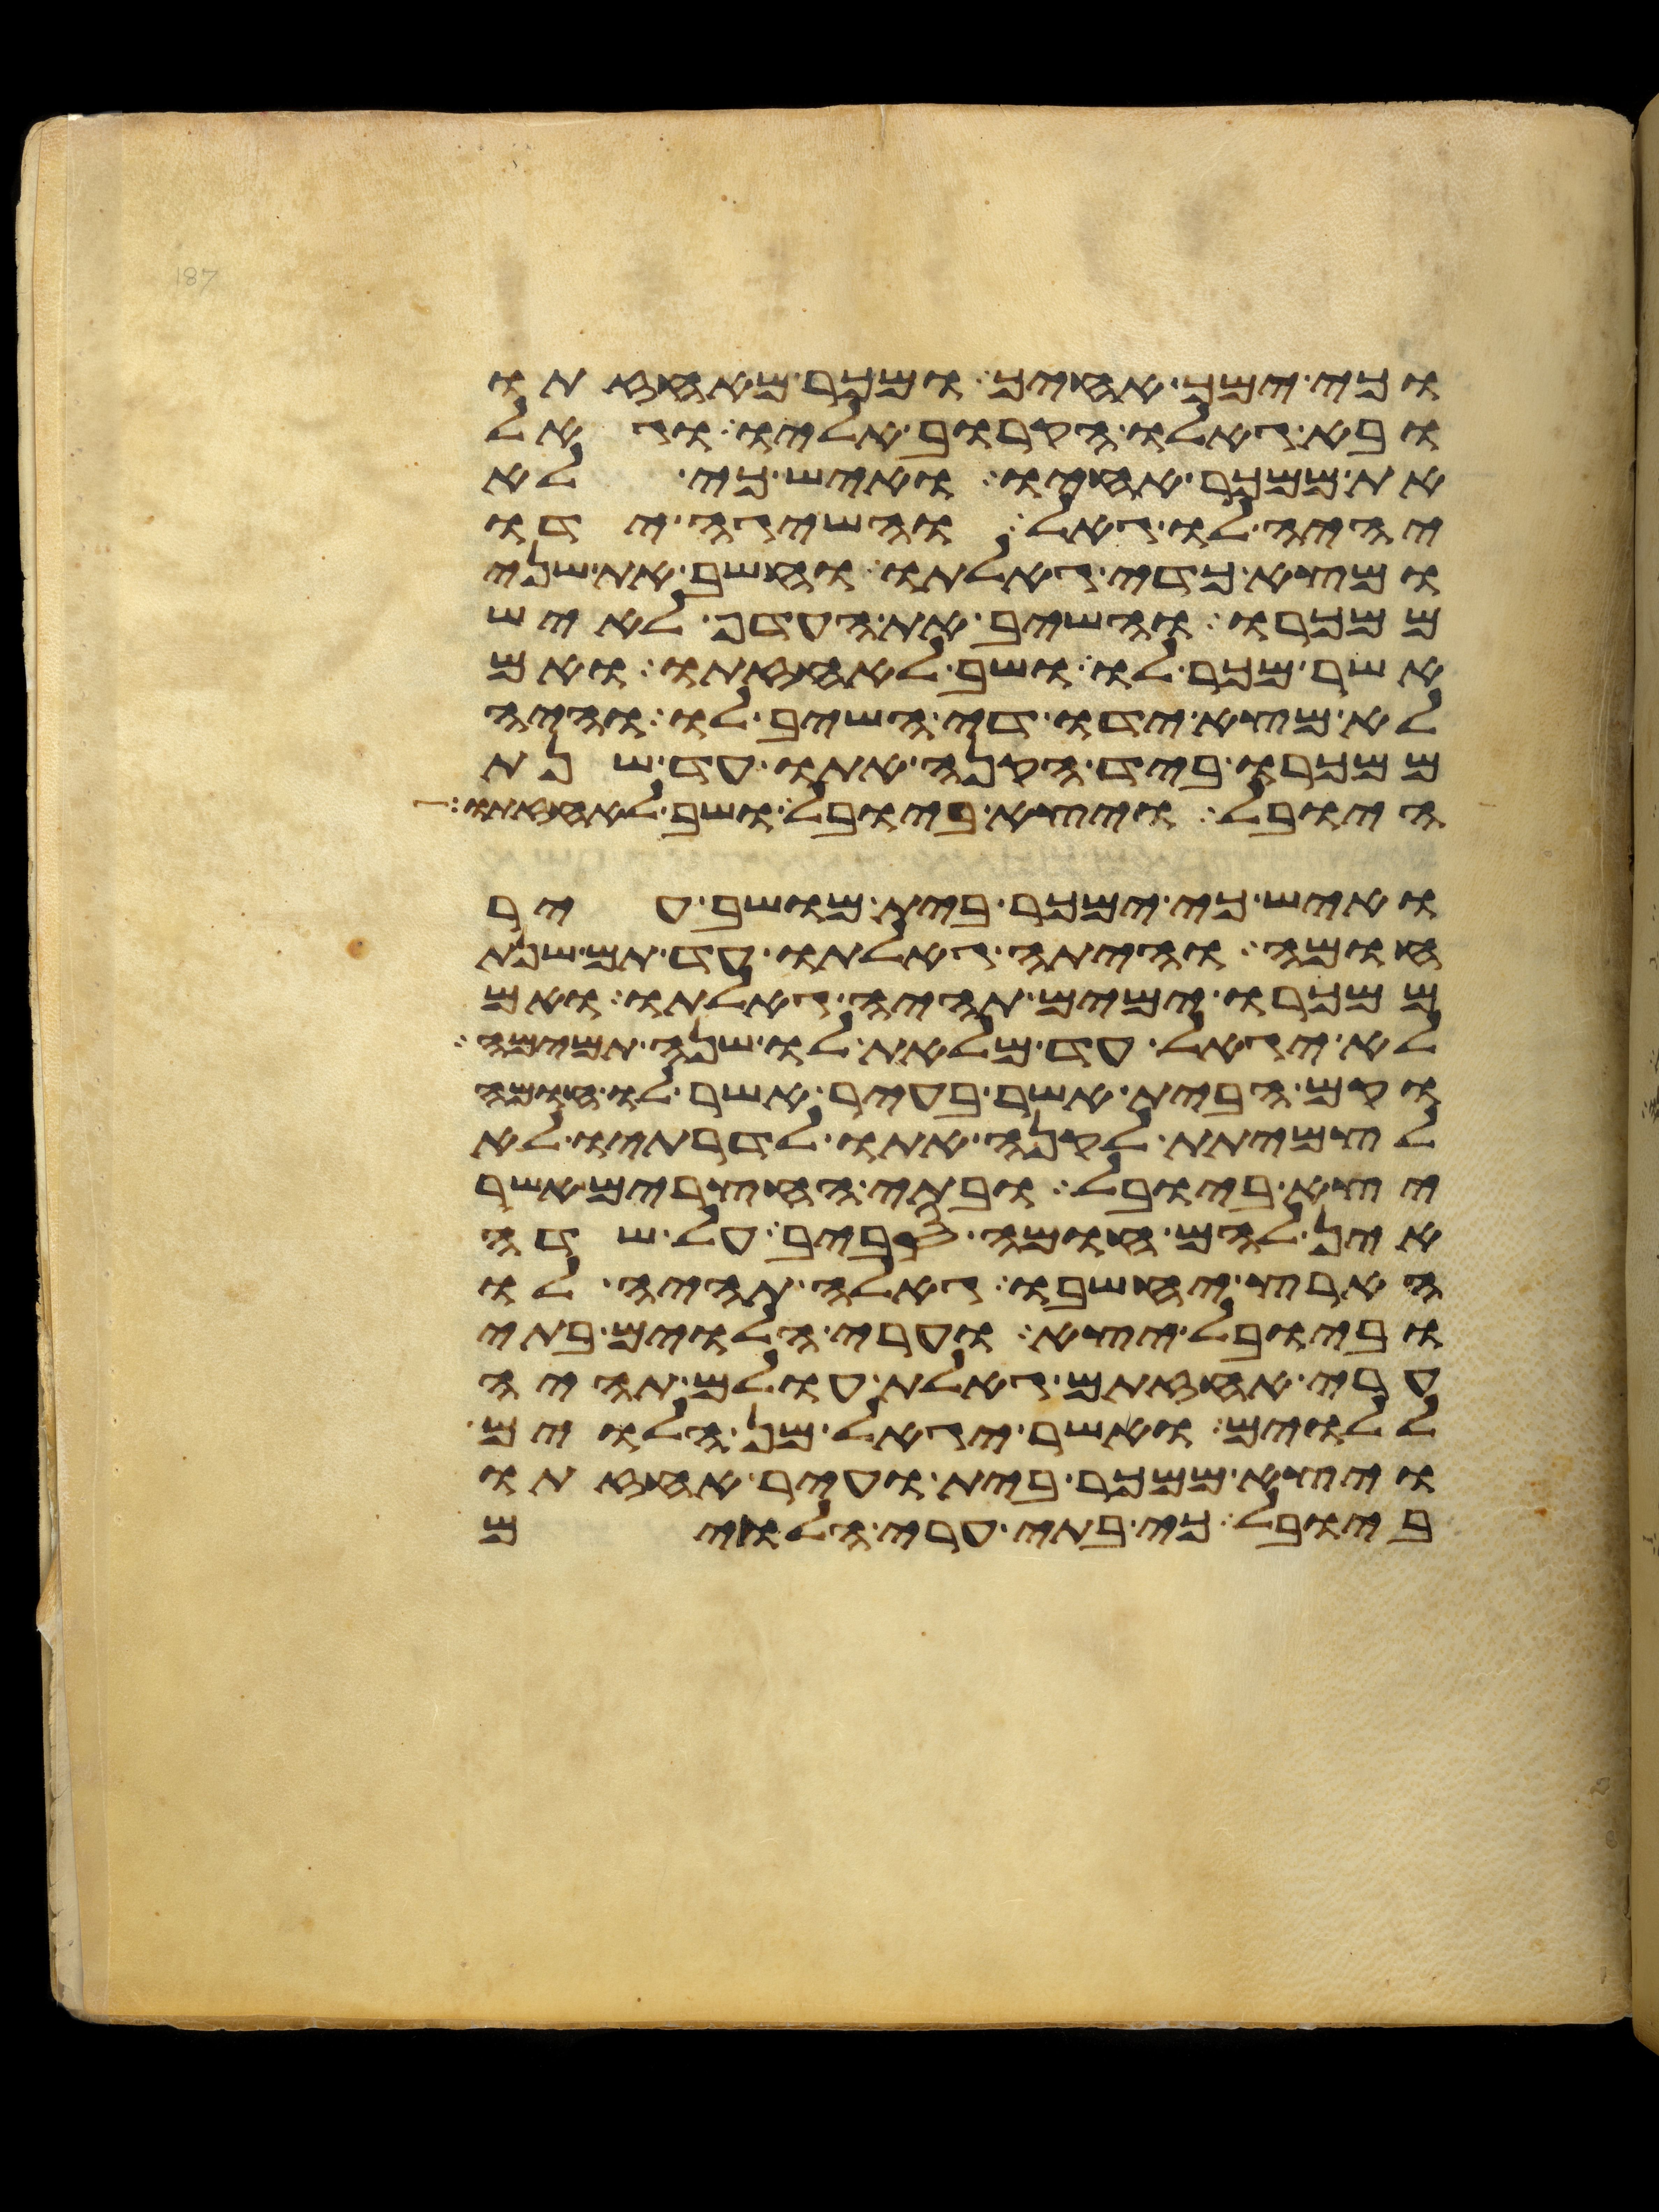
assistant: וכי ימך אחיך ומכר מאחזתו
ובא גאלו הקרוב אליו וגאל
את ממכר אחיו ואיש כי לא
יהיה לו גאל והשיגה ידו
ומצא כדי גאלתו וחשב את שני
ממכרו והשיב את העדף לאיש
אשר מכר לו ושב לאחזתו ואם
לא מצא ידו די השיב לו והיה
ממכרו ביד הקנה אתו עד שנת
היובל ויצא ביובל ושב לאחזתו
ואיש כי ימכר בית מושב עיר
חומה והיתה גאלתו עד תם שנת
ממכרו ימים תהיה גאלתו ואם
לא יגאל עד מלאת לו שנה תמימה
וקם הבית אשר בעיר אשר לו חומה
לצמיתת לקנה אתו לדרתיו לא
יצא ביובל ובתי החצרים אשר
אין להם חומה סביב על שדה
הארץ יחשבו גאלה תהיה לו
וביובל יצא וערי הלוים בתי
ערי אחזתם גאלת עולם תהיה
ללוים ואשר יגאל מן הלוים
ויצא ממכר בית ועיר אחזתו
ביובל כי בתי ערי הלוים